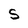
Character: S